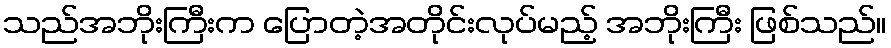
သည်အဘိုးကြီးက ပြောတဲ့အတိုင်းလုပ်မည့် အဘိုးကြီး ဖြစ်သည်။